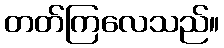
တတ်ကြလေသည်။